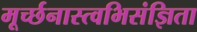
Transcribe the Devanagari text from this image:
मूर्च्छनास्त्वभिसंज्ञिता